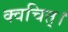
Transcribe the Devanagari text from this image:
क्वचित्‌।